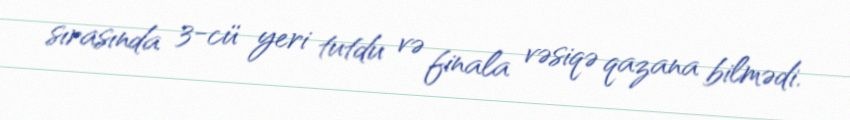
sırasında 3-cü yeri tutdu və finala vəsiqə qazana bilmədi.